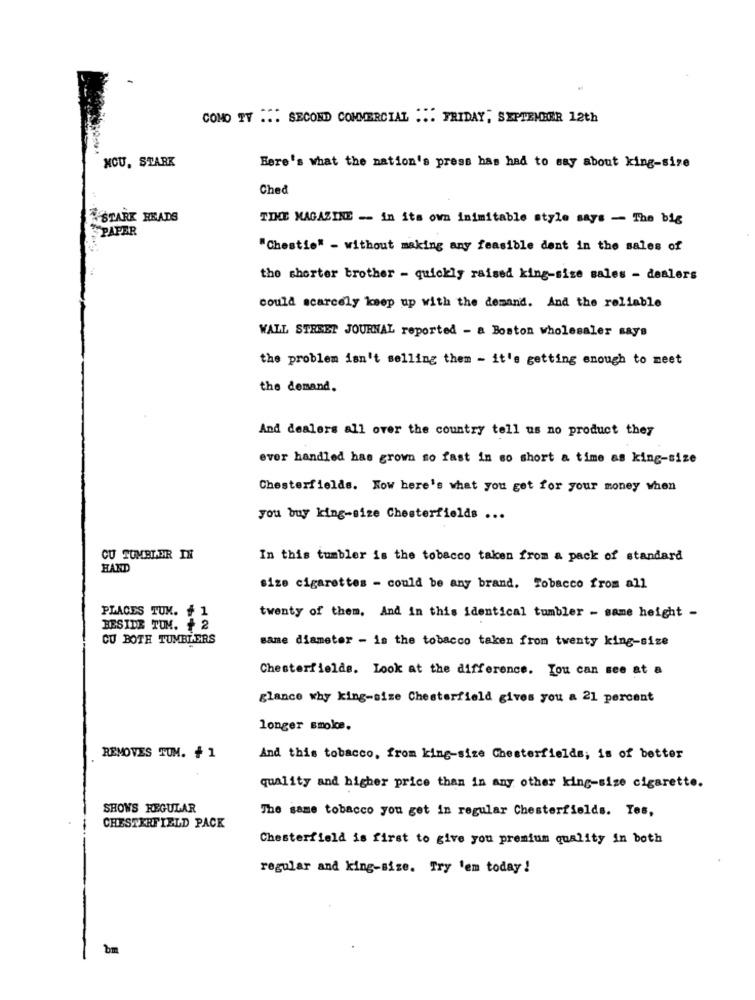
COMO TY ... SECOND COMMERCIAL ... FRIDAY, SEPTEMBER 12th
NCU, STARK
Here's what the nation's press has had to say about king-size
Ched
STARK HEADS
TIME MAGAZINE -- in its own inimitable style says - The big
PAPER
"Chestie" - without making any feasible dent in the sales of
the shorter brother - quickly raised king-size sales - dealers
could scarcely keep up with the demand. And the reliable
WALL STREET JOURNAL reported - a Boston wholesaler says
the problem isn't selling them - it's getting enough to meet
the demand.
And dealers all over the country tell us no product they
ever handled has grown so fast in so short a time as king-size
Chesterfields. Now here's what you get for your money when
you buy king-size Chesterfields ...
CU TUMBLER IN
In this tumbler is the tobacco taken from a pack of standard
HAND
size cigarettes - could be any brand. Tobacco from all
PLACES TUM. # 1
twenty of them, And in this identical tumbler - same height -
BESIDE TUM. + 2
CU BOTH TUMBLERS
same diameter - is the tobacco taken from twenty king-size
Chesterfields. Look at the difference. You can see at a
glance why king-size Chesterfield gives you a 21 percent
longer smolce.
REMOVES TUM. + 1
And this tobacco, from king-size Chesterfields; is of better
quality and higher price than in any other king-size cigarette.
SHOWS REGULAR
The same tobacco you get in regular Chesterfields. Tes,
CHESTERFIELD PACK
Chesterfield is first to give you premium quality in both
regular and king-size. Try 'em today!
bm